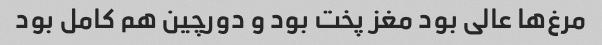
مرغ‌ها عالی بود مغز پخت بود و دورچین هم کامل بود